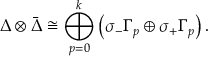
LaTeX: \Delta \otimes { \bar { \Delta } } \cong \bigoplus _ { p = 0 } ^ { k } \left( \sigma _ { - } \Gamma _ { p } \oplus \sigma _ { + } \Gamma _ { p } \right) .